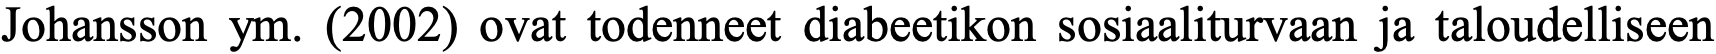
Johansson ym. (2002) ovat todenneet diabeetikon sosiaaliturvaan ja taloudelliseen